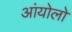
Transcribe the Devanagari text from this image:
आंयोलो